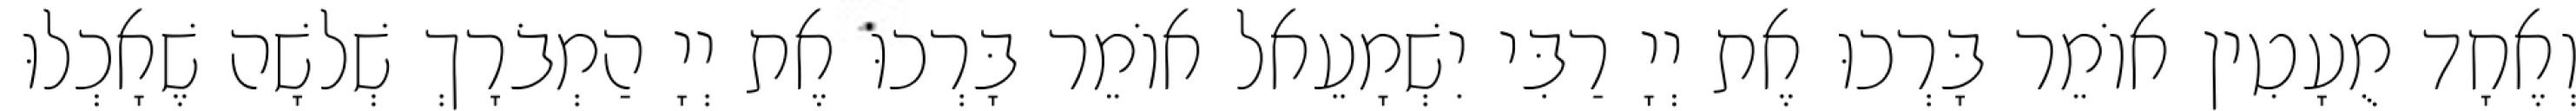
וְאֶחָד מֻעָטִין אוֹמֵר בָּרְכוּ אֶת יְיָ רַבִּי יִשְׁמָעֵאל אוֹמֵר בָּרְכוּ אֶת יְיָ הַמְבֹרָךְ שְׁלשָׁה שֶׁאָכְלוּ